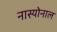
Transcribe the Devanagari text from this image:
नास्योनाल